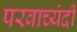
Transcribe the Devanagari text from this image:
परवाच्यंदी